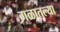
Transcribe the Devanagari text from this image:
गळातल्या